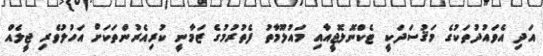
އަދި އެވައުދުތަކުގެ މަޤުސަދަކީ ޓެކްނޮލޮޖީއާއި މައުލޫމާތު ފެތުރުމުގެ ޒަމާނީ ކުރިއެރުންތަކަށް އަހުލުވެރި ޖީލެއް